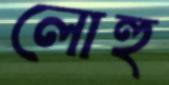
লোহু